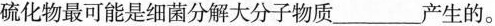
硫化物最可能是细菌分解大分子物质___产生的。